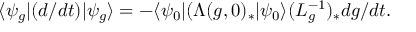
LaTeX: \langle \psi _ { g } | ( d / d t ) | \psi _ { g } \rangle = - \langle \psi _ { 0 } | ( \Lambda ( g , 0 ) _ { \ast } | \psi _ { 0 } \rangle ( L _ { g } ^ { - 1 } ) _ { \ast } d { g } / d t .